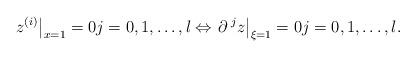
LaTeX: \begin{align*}\left.z^{(i)}\right|_{x=1}=0j=0, 1, \dots, l\Leftrightarrow\left.\partial\,^{j}z\right|_{\xi=1}=0j=0, 1, \dots, l.\end{align*}